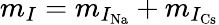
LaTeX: m_{I}=m_{I_{\mathrm{Na}}}+m_{I_{\mathrm{Cs}}}